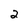
Character: 2